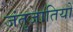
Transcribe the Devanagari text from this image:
जंतुजातियों